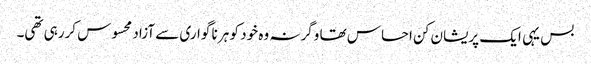
بس یہی ایک پریشان کن احساس تھا وگرنہ وہ خود کو ہر نا گواری سے آزاد محسوس کررہی تھی۔